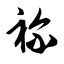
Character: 祢